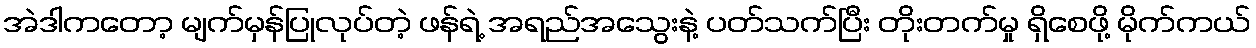
အဲဒါကတော့ မျက်မှန်ပြုလုပ်တဲ့ ဖန်ရဲ့ အရည်အသွေးနဲ့ ပတ်သက်ပြီး တိုးတက်မှု ရှိစေဖို့ မိုက်ကယ်